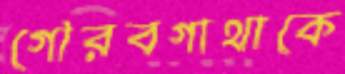
গৌরবগাথাকে